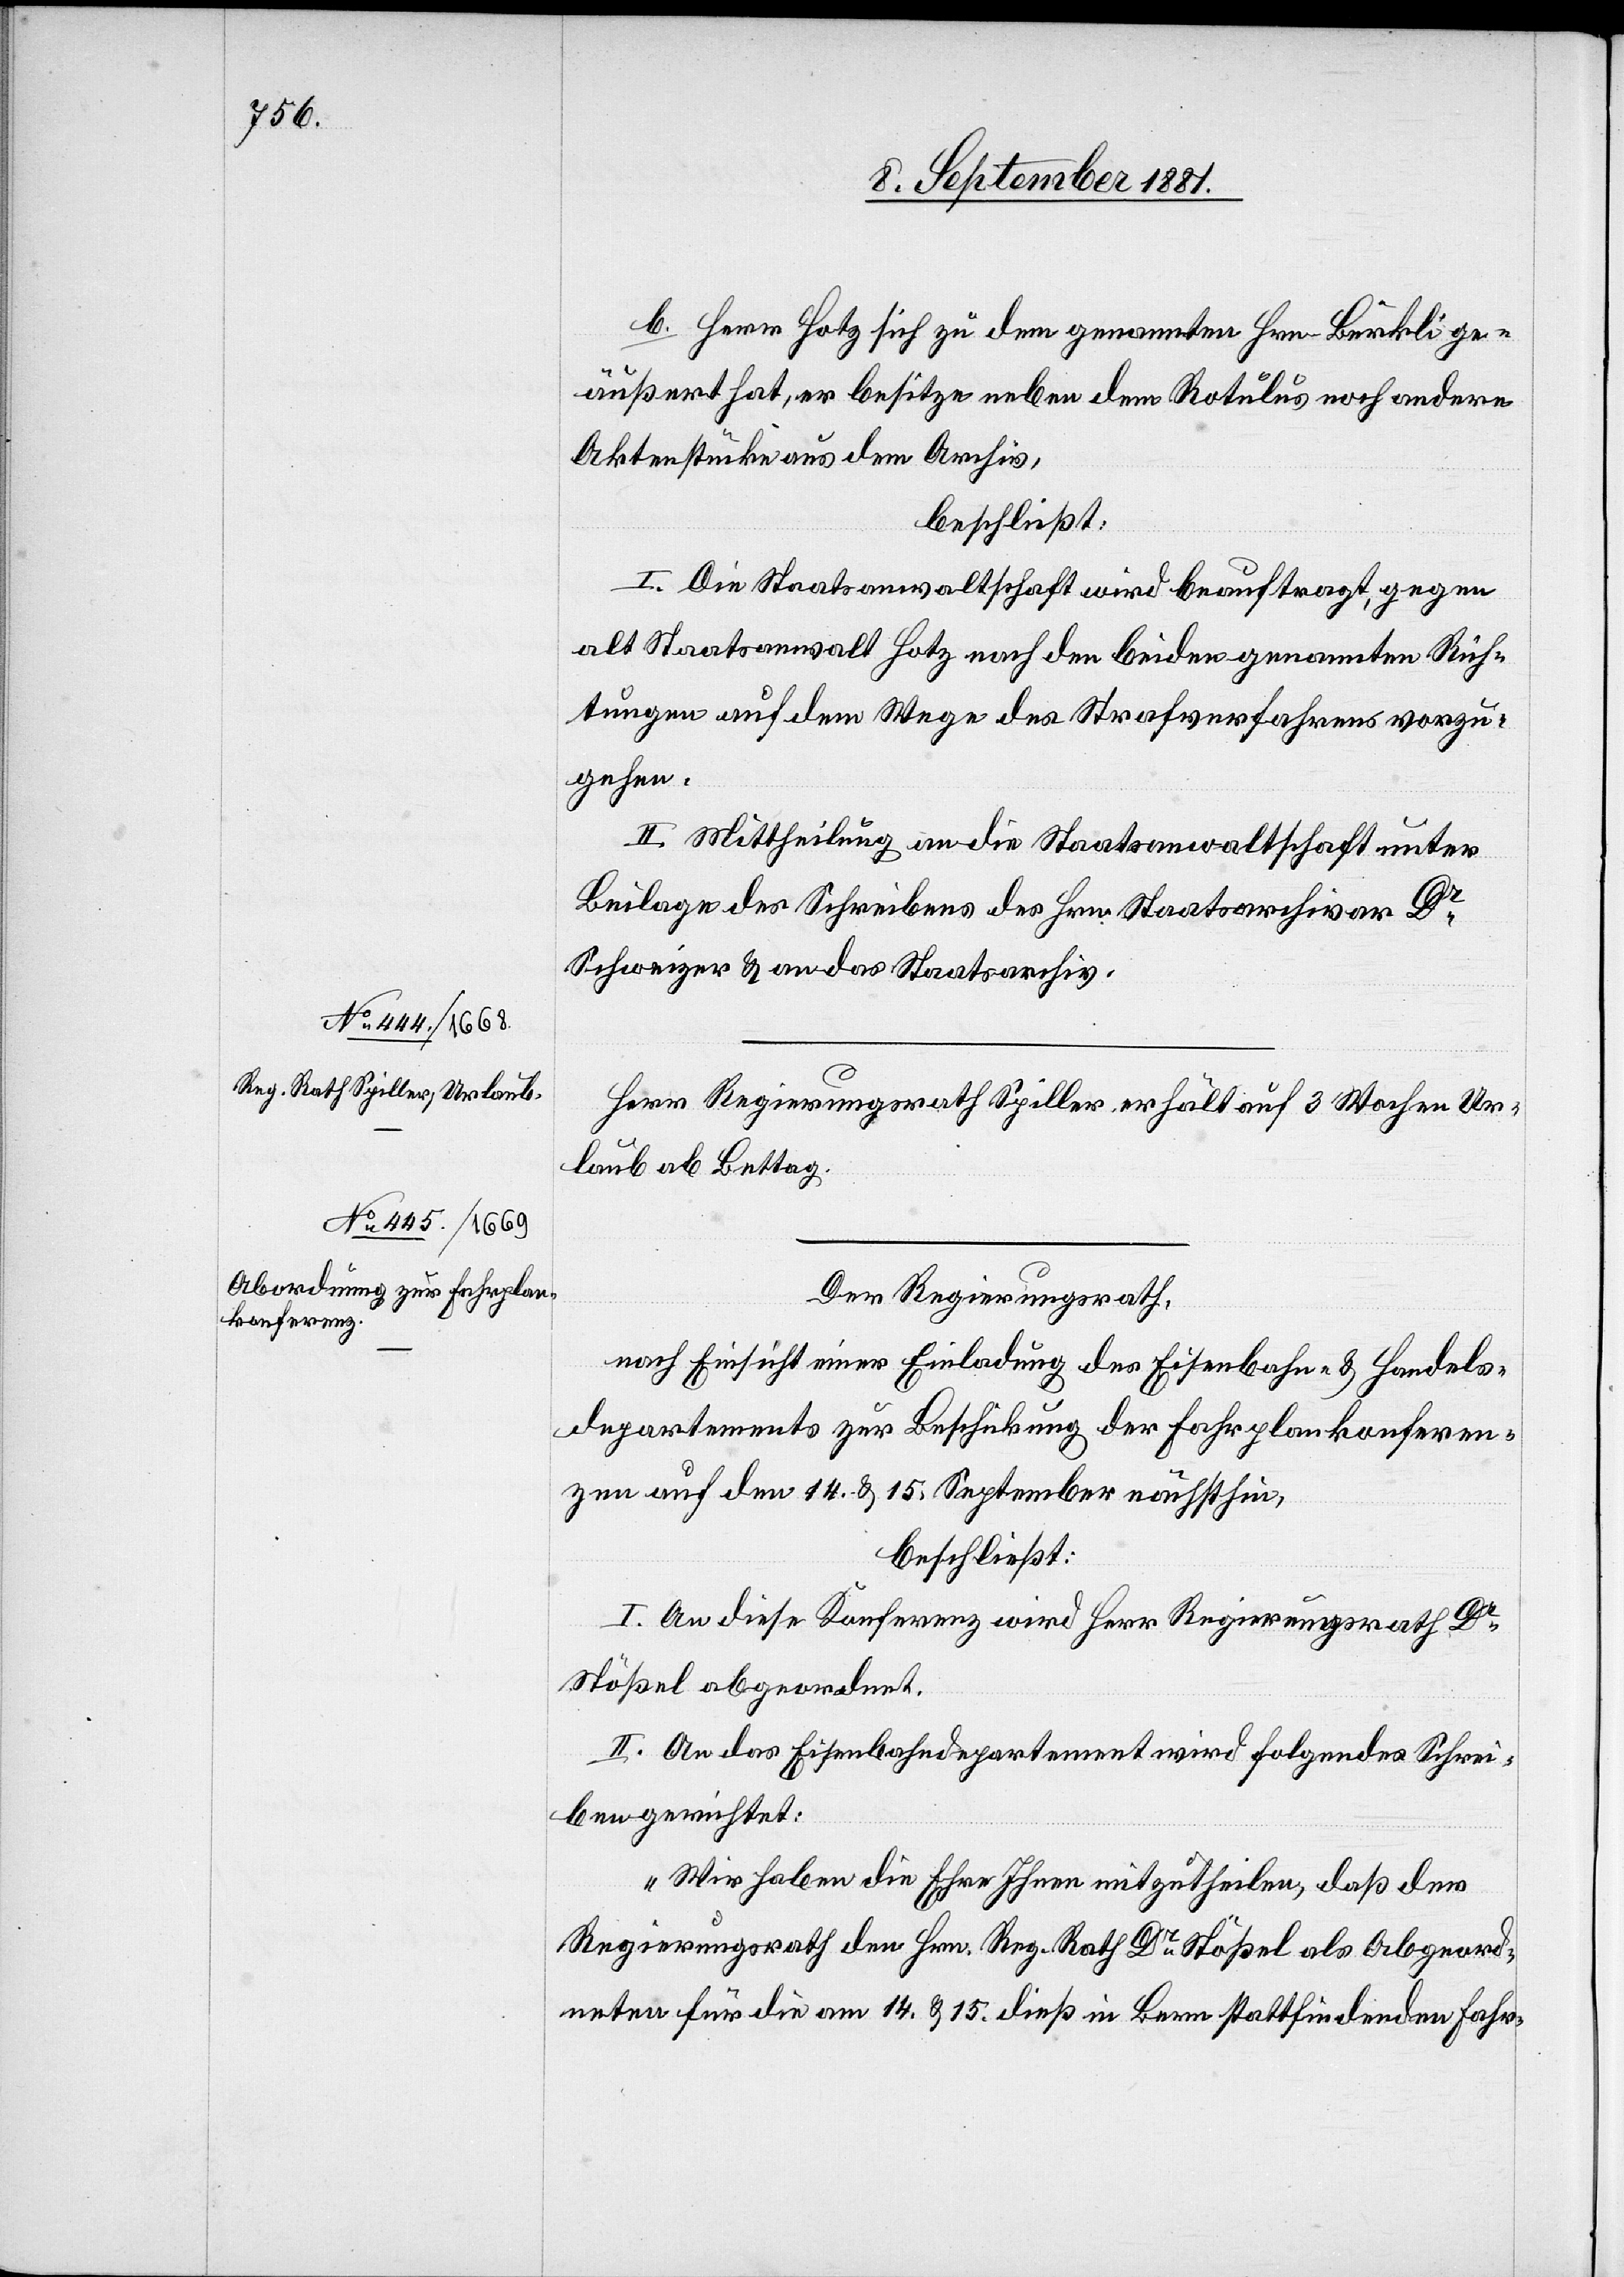
b. Herr Hotz sich zu dem genannten Hrn. Bürkli ge¬
äußert hat, es besitze neben dem Rotulus noch andere
Aktenstücke aus dem Archiv,
beschließt:
I. Die Staatsanwaltschaft wird beauftragt, gegen
Staatsarchivar] Hotz nach den beiden genannten Rich¬
tungen auf dem Wege des Strafverfahrens vorzu¬
gehen.
II. Mittheilung an die Staatsanwaltschaft unter
Beilage des Schreibens des Hrn. Staatsarchivar Dr
Schweizer & an das Staatsarchiv.
Herr Regierungsrath Spiller erhält auf 3 Wochen Ur¬
laub ab Bettag.
Der Regierungsrath,
nach Einsicht einer Einladung des Eisenbahn- & Handels¬
departements zur Beschickung der Fahrplankonferen¬
z auf den 14. & 15. September nächsthin,
beschließt:
I. An diese Konferenz wird Herr Regierungsrath Dr
Stößel abgeordnet.
II. An das Eisenbahndepartement wird folgendes Schrei¬
ben gerichtet:
„Wir haben die Ehre Ihnen mitzutheilen, daß der
Regierungsrath den Hrn. Reg. Rath Dr Stößel als Abgeord¬
neten für die am 14. & 15. dieß in Bern stattfindenden Fahr-